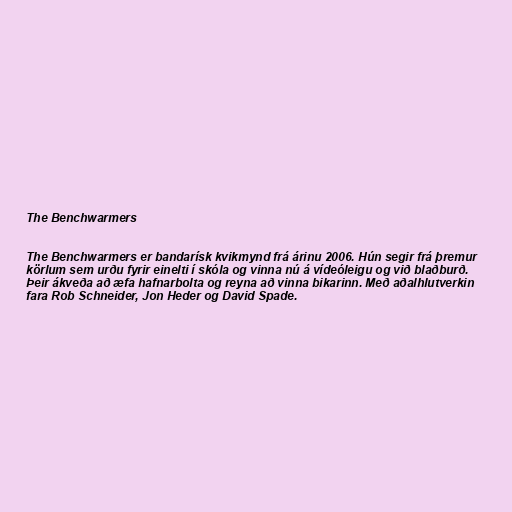
The Benchwarmers

The Benchwarmers er bandarísk kvikmynd frá árinu 2006. Hún segir frá þremur
körlum sem urðu fyrir einelti í skóla og vinna nú á vídeóleigu og við blaðburð.
Þeir ákveða að æfa hafnarbolta og reyna að vinna bikarinn. Með aðalhlutverkin
fara Rob Schneider, Jon Heder og David Spade.